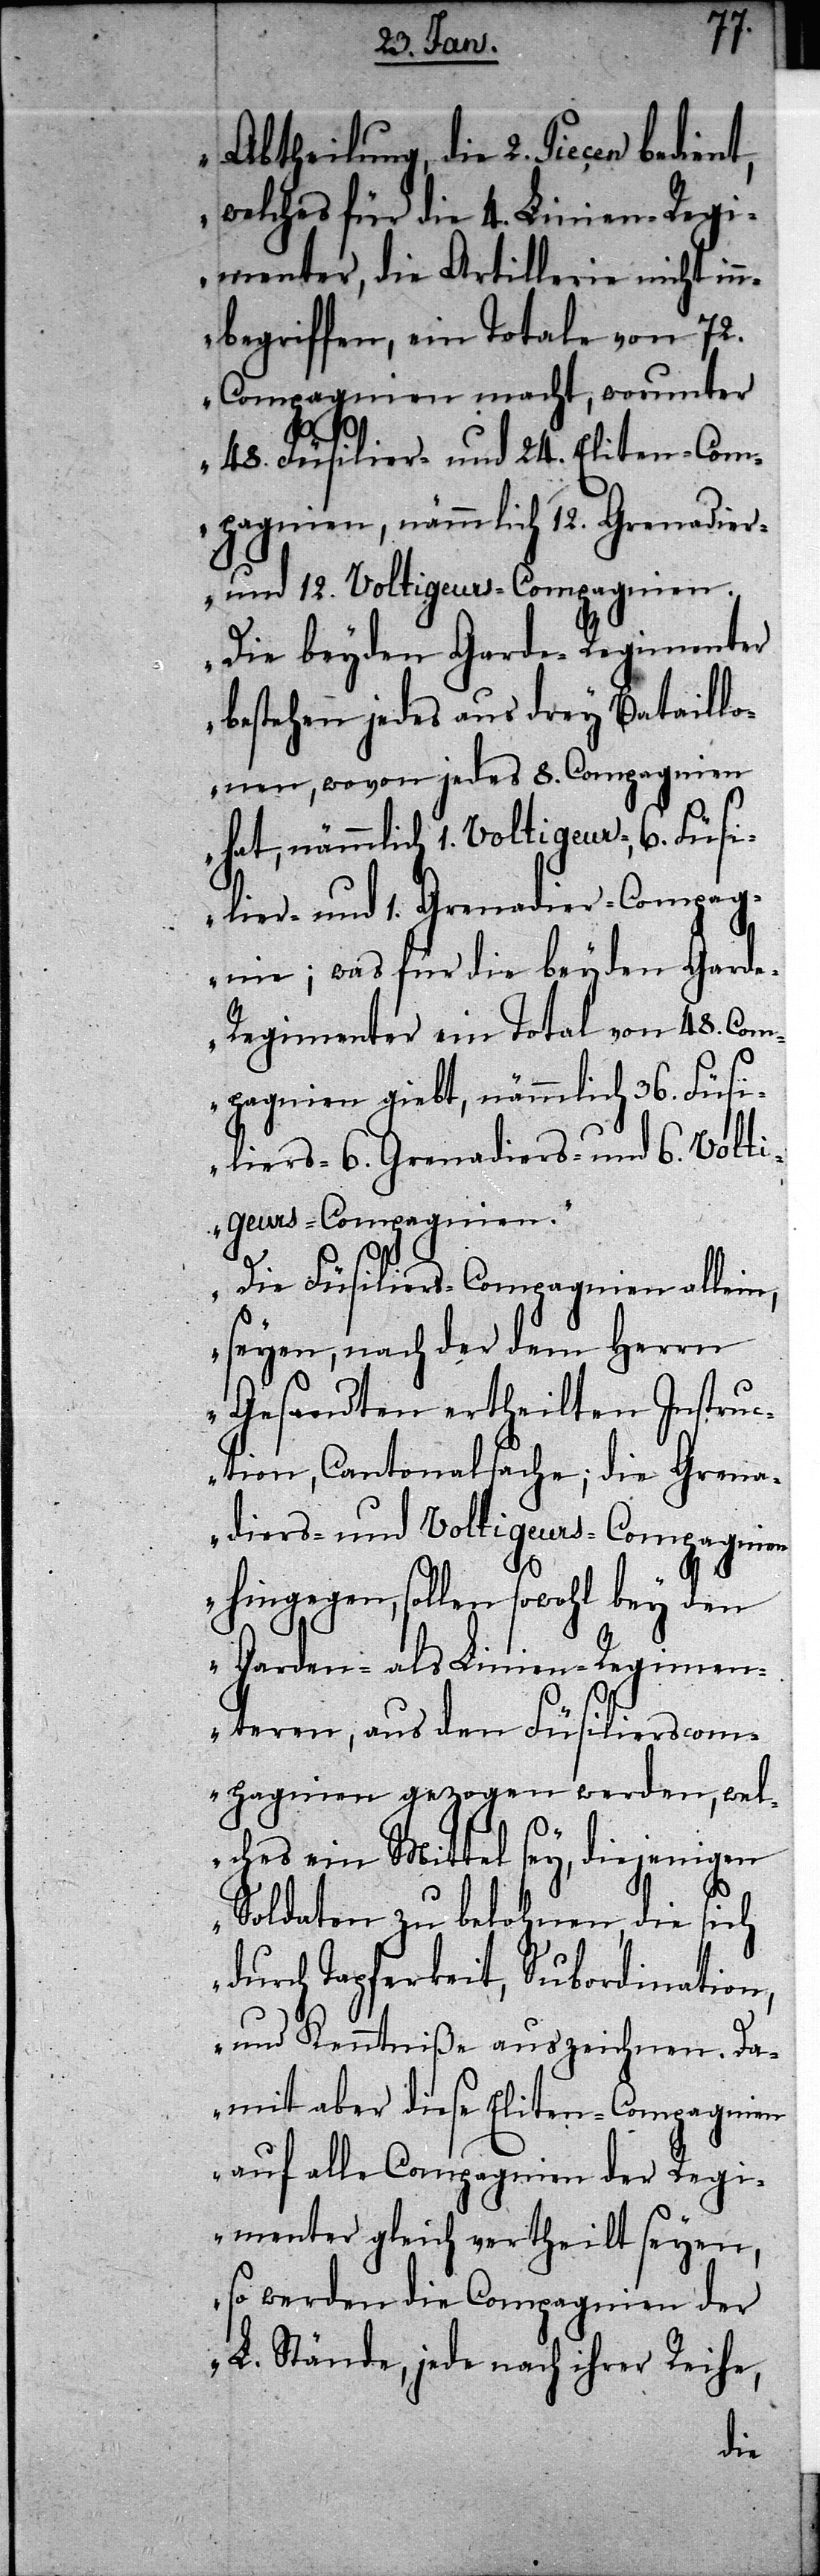
Abtheilung, die 2. Piecen bedien¬
welches für die 4. Linien-Regi¬
menter, die Artillerie nicht in¬
nbegriffen, ein Totale von 72.
Compagnien macht, worunter
48. Füsilier- und 24. Eliten-Com¬
pagnien, nämmlich 12. Grenadier-
und 12. Voltigeur-Compagnien.
„Die beyden Garde-Regimenter
bestehen jedes aus drey Bataillo¬
nen, wovon jedes 8. Compagnien
hat, nämmlich 1. Voltigeur-, 6. Füsi¬
lier- und 1. Grenadier-Compag¬
nie; was für die beyden Gard¬
e-Regimenter ein Total von 48. Com¬
pagnien giebt, nämmlich 36. Füsi¬
liers-[,] 6. Grenadiers- und 6. Volti¬
geurs-Compagnien.“
„Die Füsiliers-Compagnien allein,
seyen, nach der dem Herrn
Gesandten ertheilten Instru¬
ction, Cantonalsache; die Grena¬
diers- und Voltigeurs-Compagnien
hingegen, sollen sowohl bey den
Garden- als Linien-Regimen¬
teren, aus den Füsilierscom¬
pagnien gezogen werden, wel¬
t,
ches ein Mittel sey, diejenigen
Soldaten zu belohnen, die sich
durch Tapferkeit, Subordination,
und Kenntniße auszeichnen. Da¬
mit aber diese Eliten-Compagnien
auf alle Compagnien der Regi¬
menter gleich vertheilt seyen,
so werden die Compagnien der
L. Stände, jede nach ihrer Reihe,